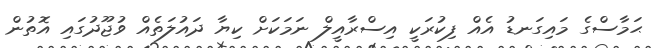
ޙަމާސްގެ މައިގަނޑު އެއް ފިކުރަކީ އިސްރާއީލް ނަމަކަށް ކިޔާ ދައުލަތެއް ވުޖޫދުގައި އޮތުން